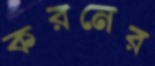
করনের